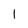
Character: 1